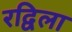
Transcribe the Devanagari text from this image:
रद्विला